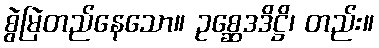
စွဲမြဲတည်နေသော။ ဥစ္ဆေဒဒိဋ္ဌိ၊ တည်း။